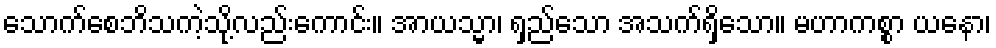
သောက်စေဘိသကဲ့သို့လည်းကောင်း။ အာယသ္မာ၊ ရှည်သော အသက်ရှိသော။ မဟာကစ္စာ ယနော၊